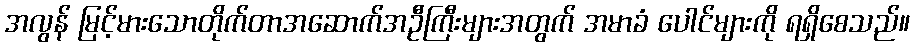
အလွန် မြင့်မားသောတိုက်တာအဆောက်အဦကြီးများအတွက် အမာခံ ပေါင်များကို ရရှိစေသည်။